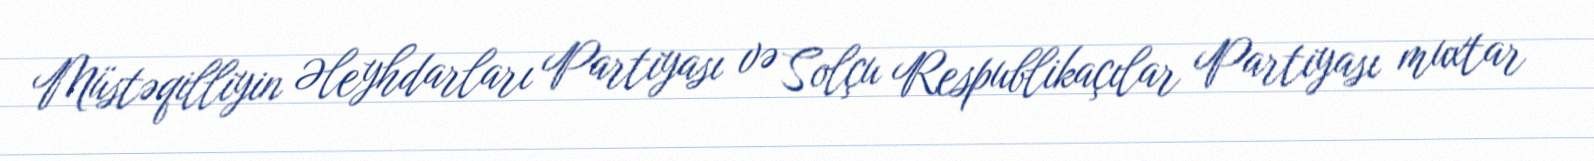
Müstəqilliyin Əleyhdarları Partiyası və Solçu Respublikaçılar Partiyası muxtar